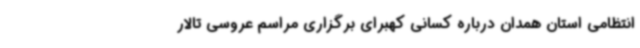
انتظامی استان همدان درباره کسانی کهبرای برگزاری مراسم عروسی تالار